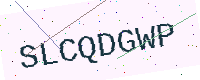
Text: SLCQDGWP